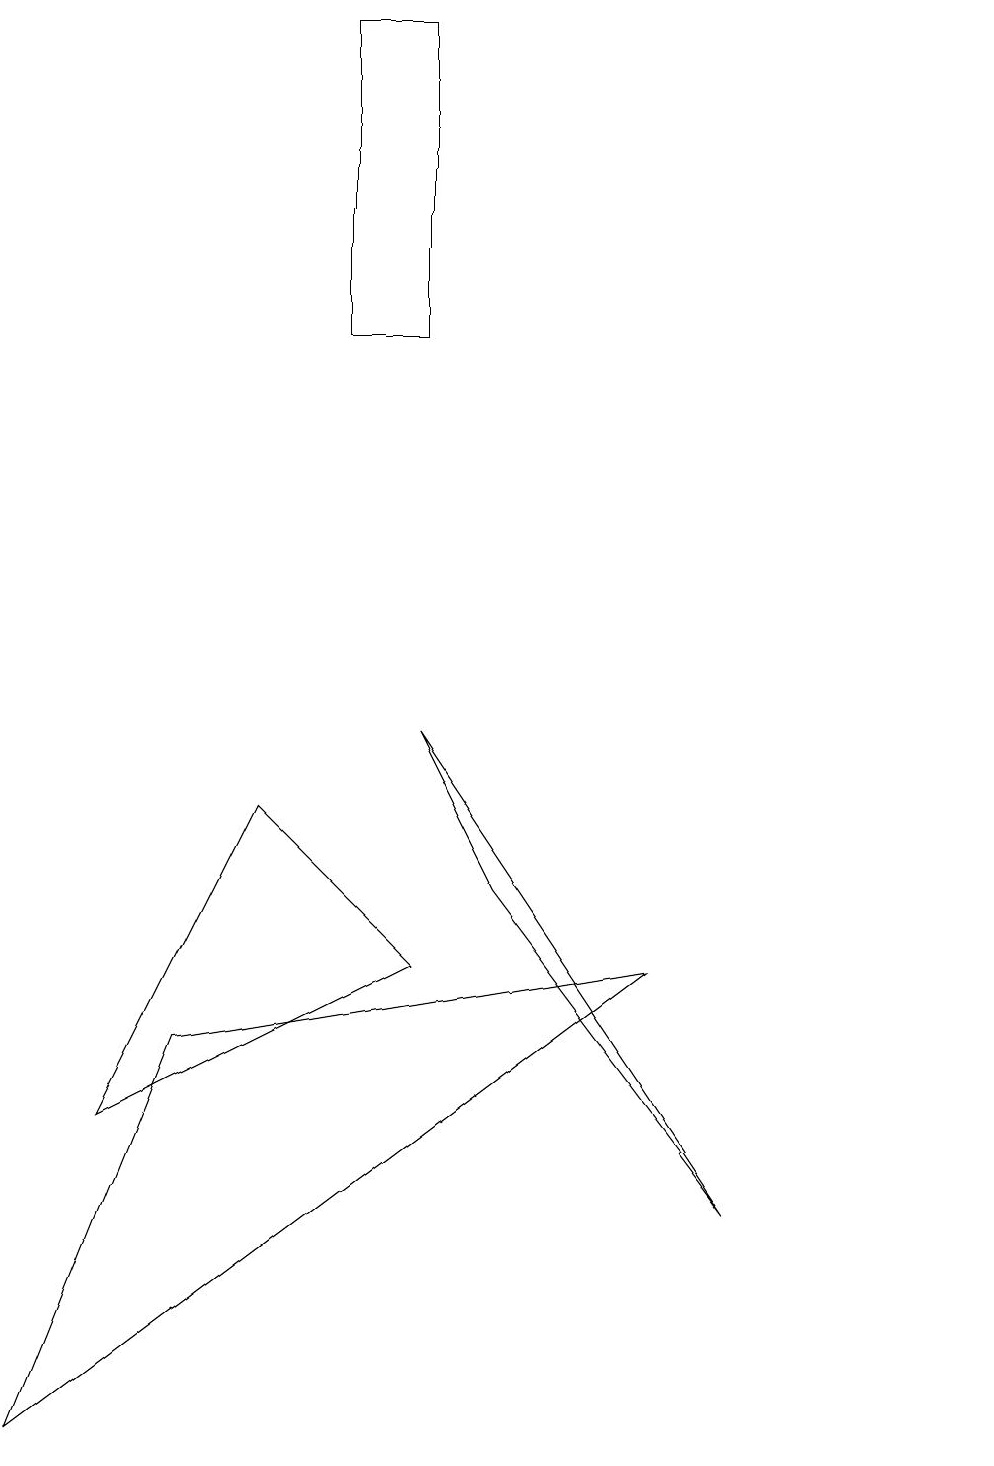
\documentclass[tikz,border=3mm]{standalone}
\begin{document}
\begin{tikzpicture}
\draw (1,4) -- (5,6) -- (3,8) -- cycle;
\draw (12,11) circle (0);
\draw (5,9) -- (9,3) -- (6,7) -- cycle;
\draw (5,18) rectangle (4,14);
\draw (8,6) -- (0,0) -- (2,5) -- cycle;
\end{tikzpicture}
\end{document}